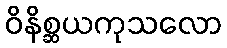
ဝိနိစ္ဆယကုသလော